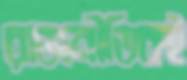
রাজনীতিকই